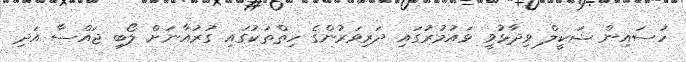
ހުސައިން ޝަކީލް ވިދާޅުވީ ޅައުމުރުގައި ދަރިވަރުންގެ ހިތްތަކުގައި ގުރުއާނަށް ލޯބި ޖައްސާ އަދި